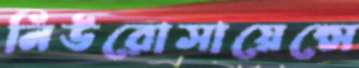
নিউরোসায়েন্সে